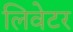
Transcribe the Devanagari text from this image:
लिवेटर